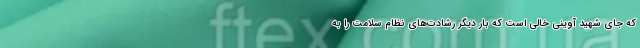
که جای شهید آوینی خالی است که بار دیگر رشادت‌های نظام سلامت را به